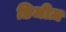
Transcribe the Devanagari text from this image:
डिजीज़